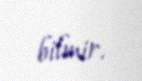
bilmir.